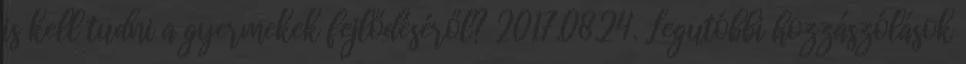
is kell tudni a gyermekek fejlődéséről? 2017.08.24. Legutóbbi hozzászólások